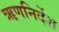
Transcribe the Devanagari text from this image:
ऋणनिर्देश